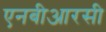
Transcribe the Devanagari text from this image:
एनबीआरसी